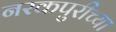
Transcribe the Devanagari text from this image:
नरकपुरीच्या